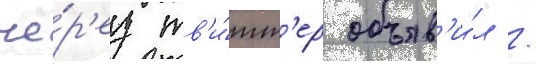
че́р'ез тв'и́тт'ер объяв'и́л /